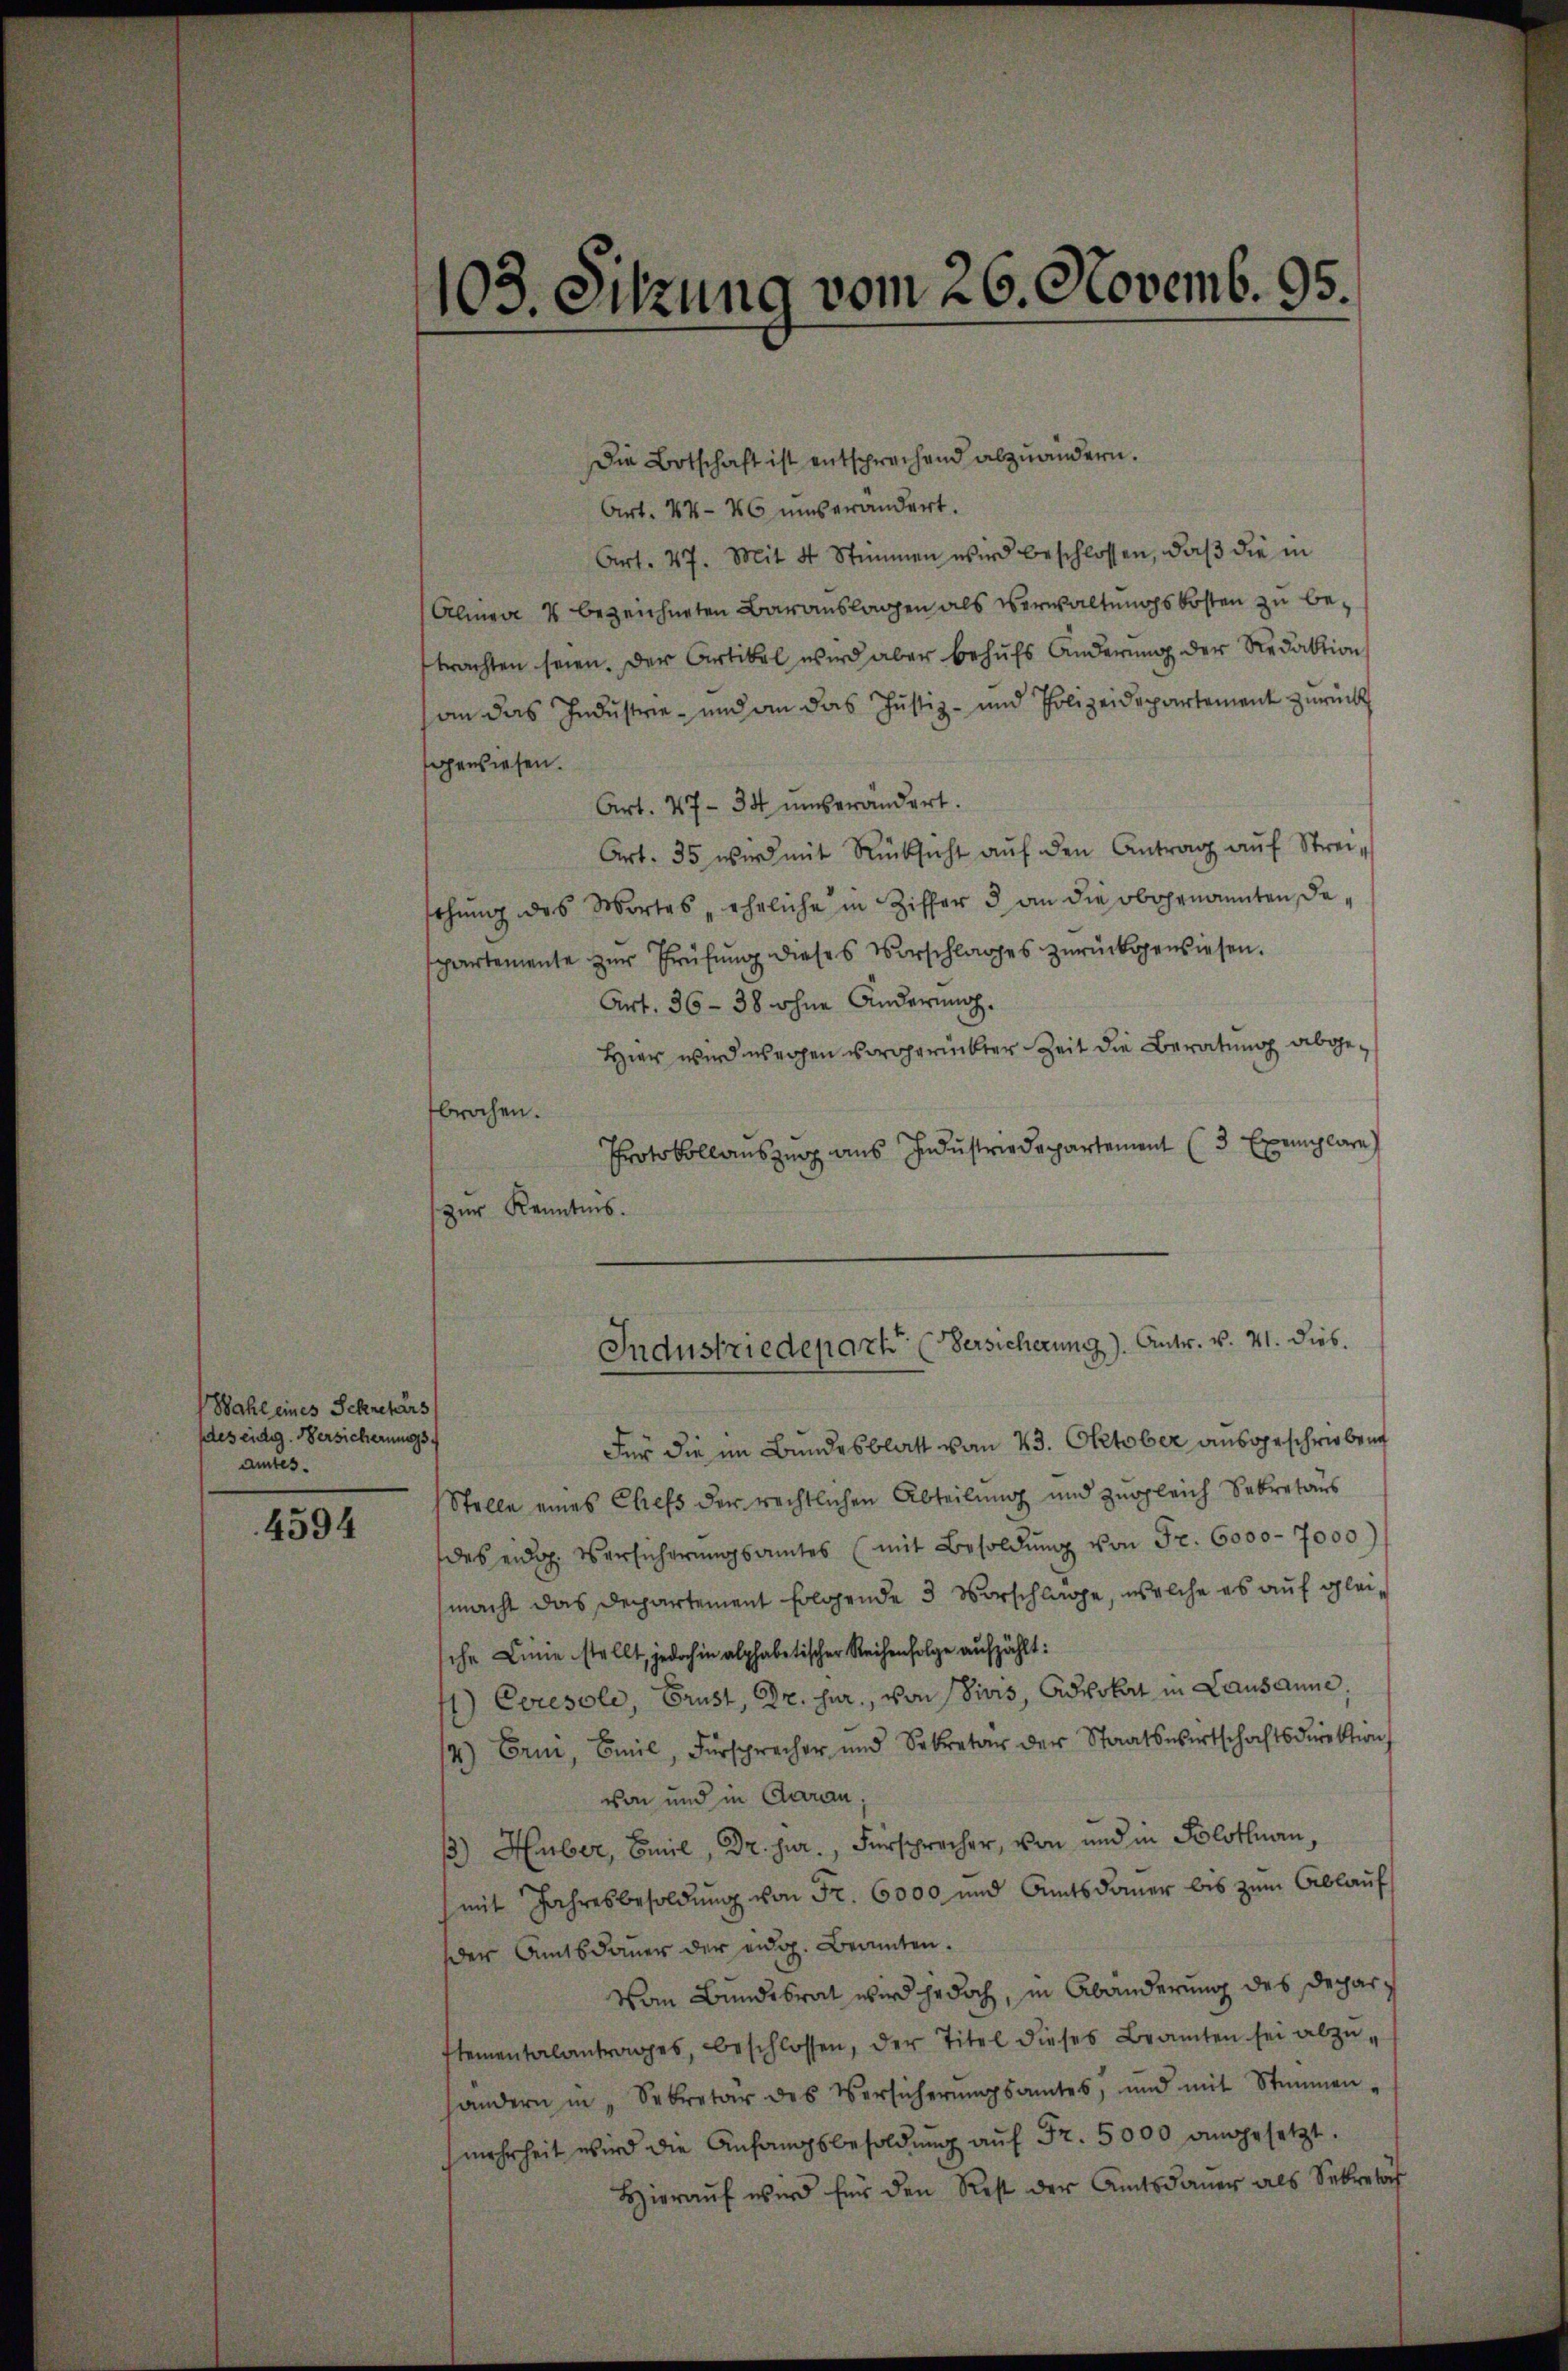
Wahl eines Schretärs
des eidg. Versicherungs
amtes.

4594

103. Sitzung vom 26. Novemb. 95.

Die Botschaft ist entsprochend abzuändern.
Art. 44- 46 unserändert.
Art. 47. Mit 4 Stimmen wird beschlossen, daβ die in
Alinen 4 bezeichneten Barauslagen als Verwaltungskosten zu betrachten seien. Der Artikel wird aber behufs Änderung der Redaktion
an das Industrie - und an das Justiz- und Polizeidepartement zurück
gewiesen.
Art. 47 - 34 unverändert.
Art. 35 wird mit Rücksicht aŭf den Antrag aŭf Streischŭng des Wortes eheliche in Ziffer 3 an die obogenannten dapartemente zur Prüfung dieses Vorschlages zurückgewiesen.
Art. 36 - 38 ohne Änderung.
Hier wird wegen vorgerückter Zeit die Beratung abgebrochen.
Protokollauszug aus Industriedepartement (3 Exemplare
zur Kenntnis.
Industriedepart. (Versicherung). Antr. v. 21. dies.
Für die im Bundesblatt vom 23. Oktober ausgeschrieben
Stelle eines Chefs der rechtlichen Abteilung und zugleich Sekretärs
des eidg. Versicherungsamtes (mit Besoldŭng von Fr. 6000 - 7000)
macht das Departement folgende 3 Vorschlage, welche es auf gleische Linie stellt, jedoch in alphabetischer Reihenfolge aufzählt:
1) Ceresole, Brust, Dr. jur., von divis, Advokat in Lausanne,
14) Erni, Emil, Fürsprecher und Sekretär der Staatswirtschaftsdirektion
von und in Garan,
3) Huber, Emil, Dr. jur., Fürsprecher, von und in Solothurn,
(mit Jahresbesoldung von Fr. 6000 und Amtsdamer bis zum Ablauf
der Amtsdauer der eidg. Beamten.
Vom Bundesrat wird jedoch, in Abänderung des Deparstementalantrages, beschlossen, der Titel dieses Beamten sei abzŭ-
andern in „Sekretär des Versicherŭngsamtes, und mit Stimmen-
mehrheit wird die Anfangsbesoldŭng aŭf Fr. 5000 angesetzt.
Hieraŭf wird für den Rest der Amtsdauer als Sekretof